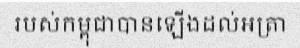
របស់កម្ពុជាបានឡើងដល់អត្រា